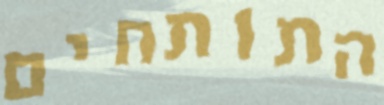
התותחים